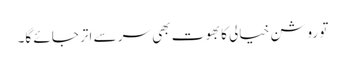
تو روشن خیالی کا بھوت بھی سر سے اتر جائے گا۔